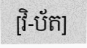
[វិ-ប័ត]